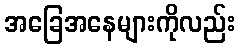
အခြေအနေများကိုလည်း